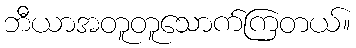
ဘီယာအတူတူသောက်ကြတယ်။